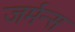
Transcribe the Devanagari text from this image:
जर्मन्स